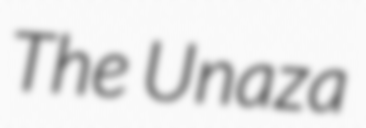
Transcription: The Unaza